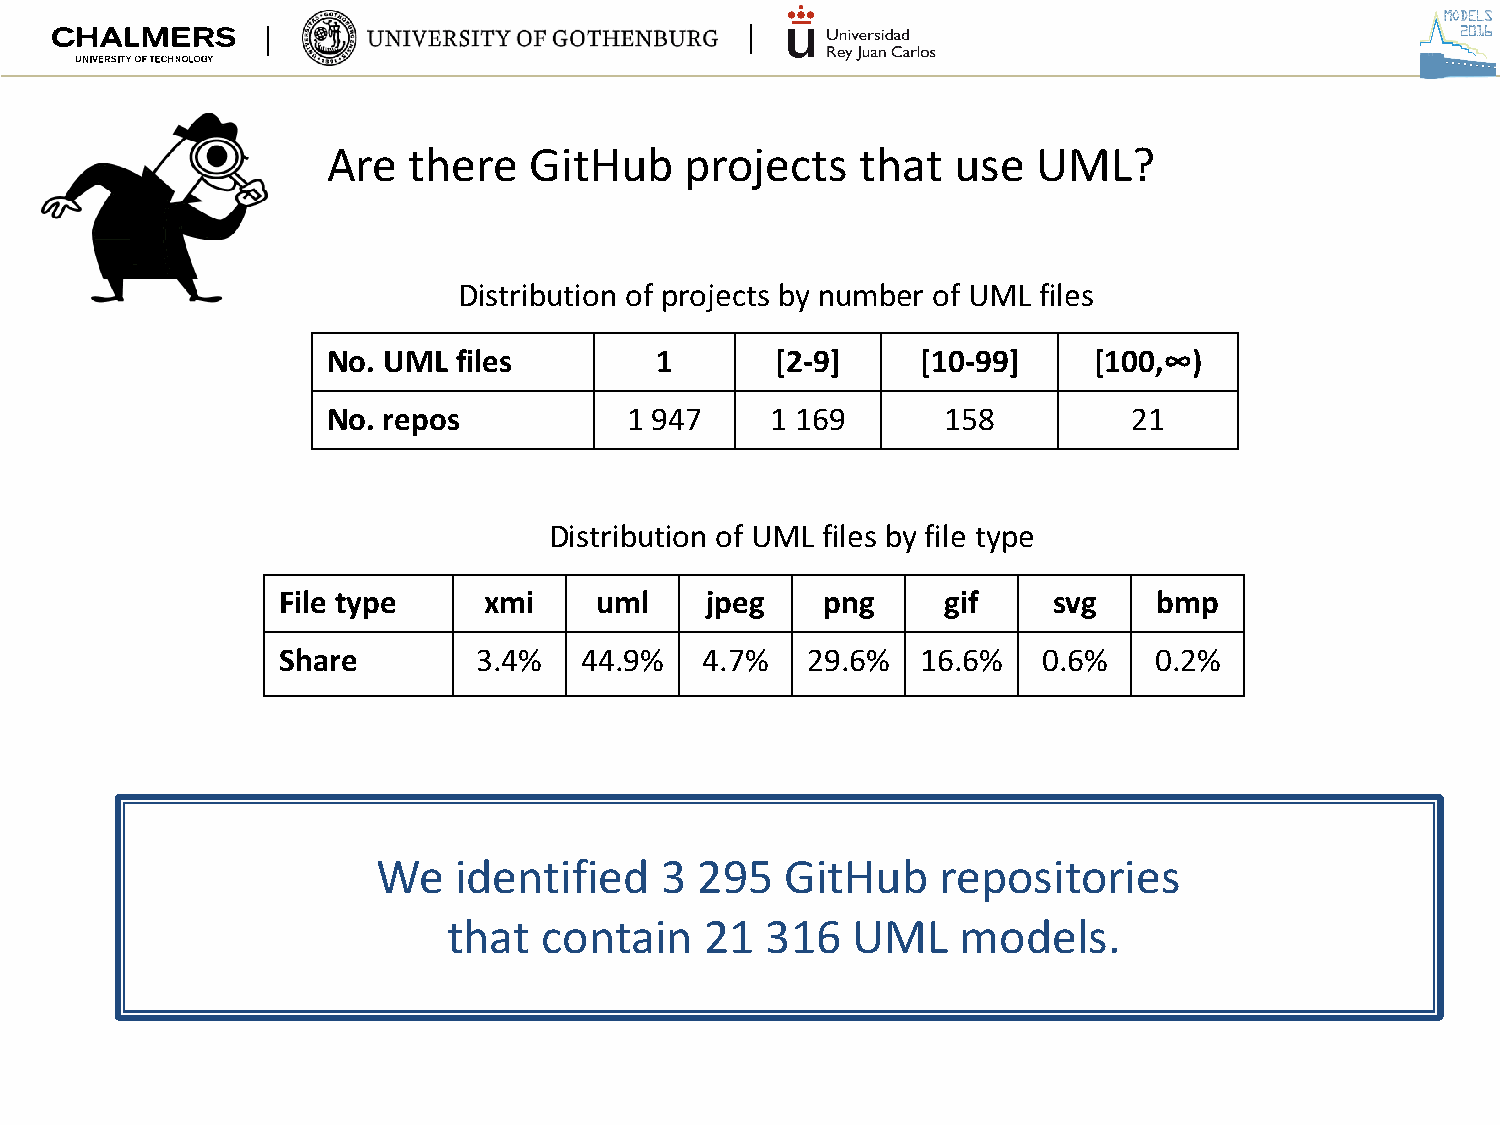
Are  there   GitHub    projects    that  use   UML?
 Distribution of projects by number of UML files
 No. UML files        1       [2-9]     [10-99]    [100,∞)
 No. repos           1 947    1 169       158         21
 Distribution of UML files by file type
 File type     xmi    uml     jpeg   png      gif    svg    bmp
 Share         3.4%  44.9%    4.7%  29.6%   16.6%   0.6%   0.2%
 We   identified    3 295   GitHub    repositories
 that  contain    21  316  UML     models.